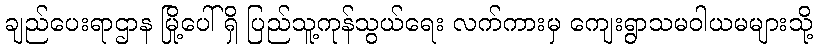
ချည်ပေးရာဌာန မြို့ပေါ်ရှိ ပြည်သူ့ကုန်သွယ်ရေး လက်ကားမှ ကျေးရွာသမဝါယမများသို့